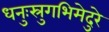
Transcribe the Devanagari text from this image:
धनुःस्रुगभिमेदुरे